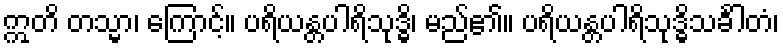
ဣတိ တသ္မာ၊ ကြောင့်။ ပရိယန္တပါရိသုဒ္ဓိ၊ မည်၏။ ပရိယန္တပါရိသုဒ္ဓိသင်္ခါတံ၊